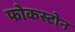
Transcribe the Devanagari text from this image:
फोकस्टोन